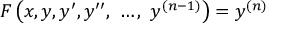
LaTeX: F \left( x , y , y ^ { \prime } , y ^ { \prime \prime } , \ \ldots , \ y ^ { ( n - 1 ) } \right) = y ^ { ( n ) }